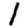
Digit: 1